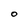
Character: O